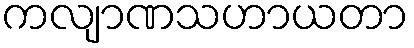
ကလျာဏသဟာယတာ